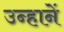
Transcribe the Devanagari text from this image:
उन्हानें